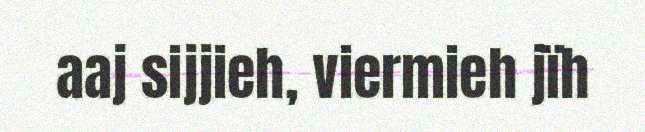
aaj sijjieh, viermieh jïh